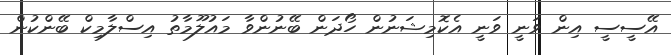
އޭސީސީ އިން ވަނީ ވަނީ އެކޮމިޝަނުން ހޯދަން ބޭނުންވާ މައުލޫމާތު އިސްލާމިކް ބޭންކުން